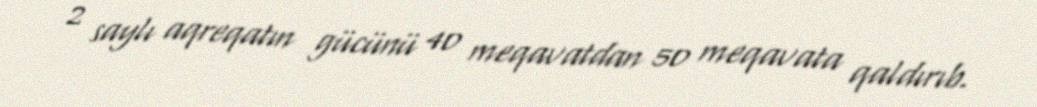
2 saylı aqreqatın gücünü 40 meqavatdan 50 meqavata qaldırıb.